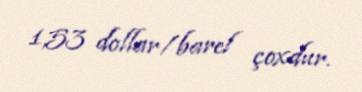
1,53 dollar/barel çoxdur.